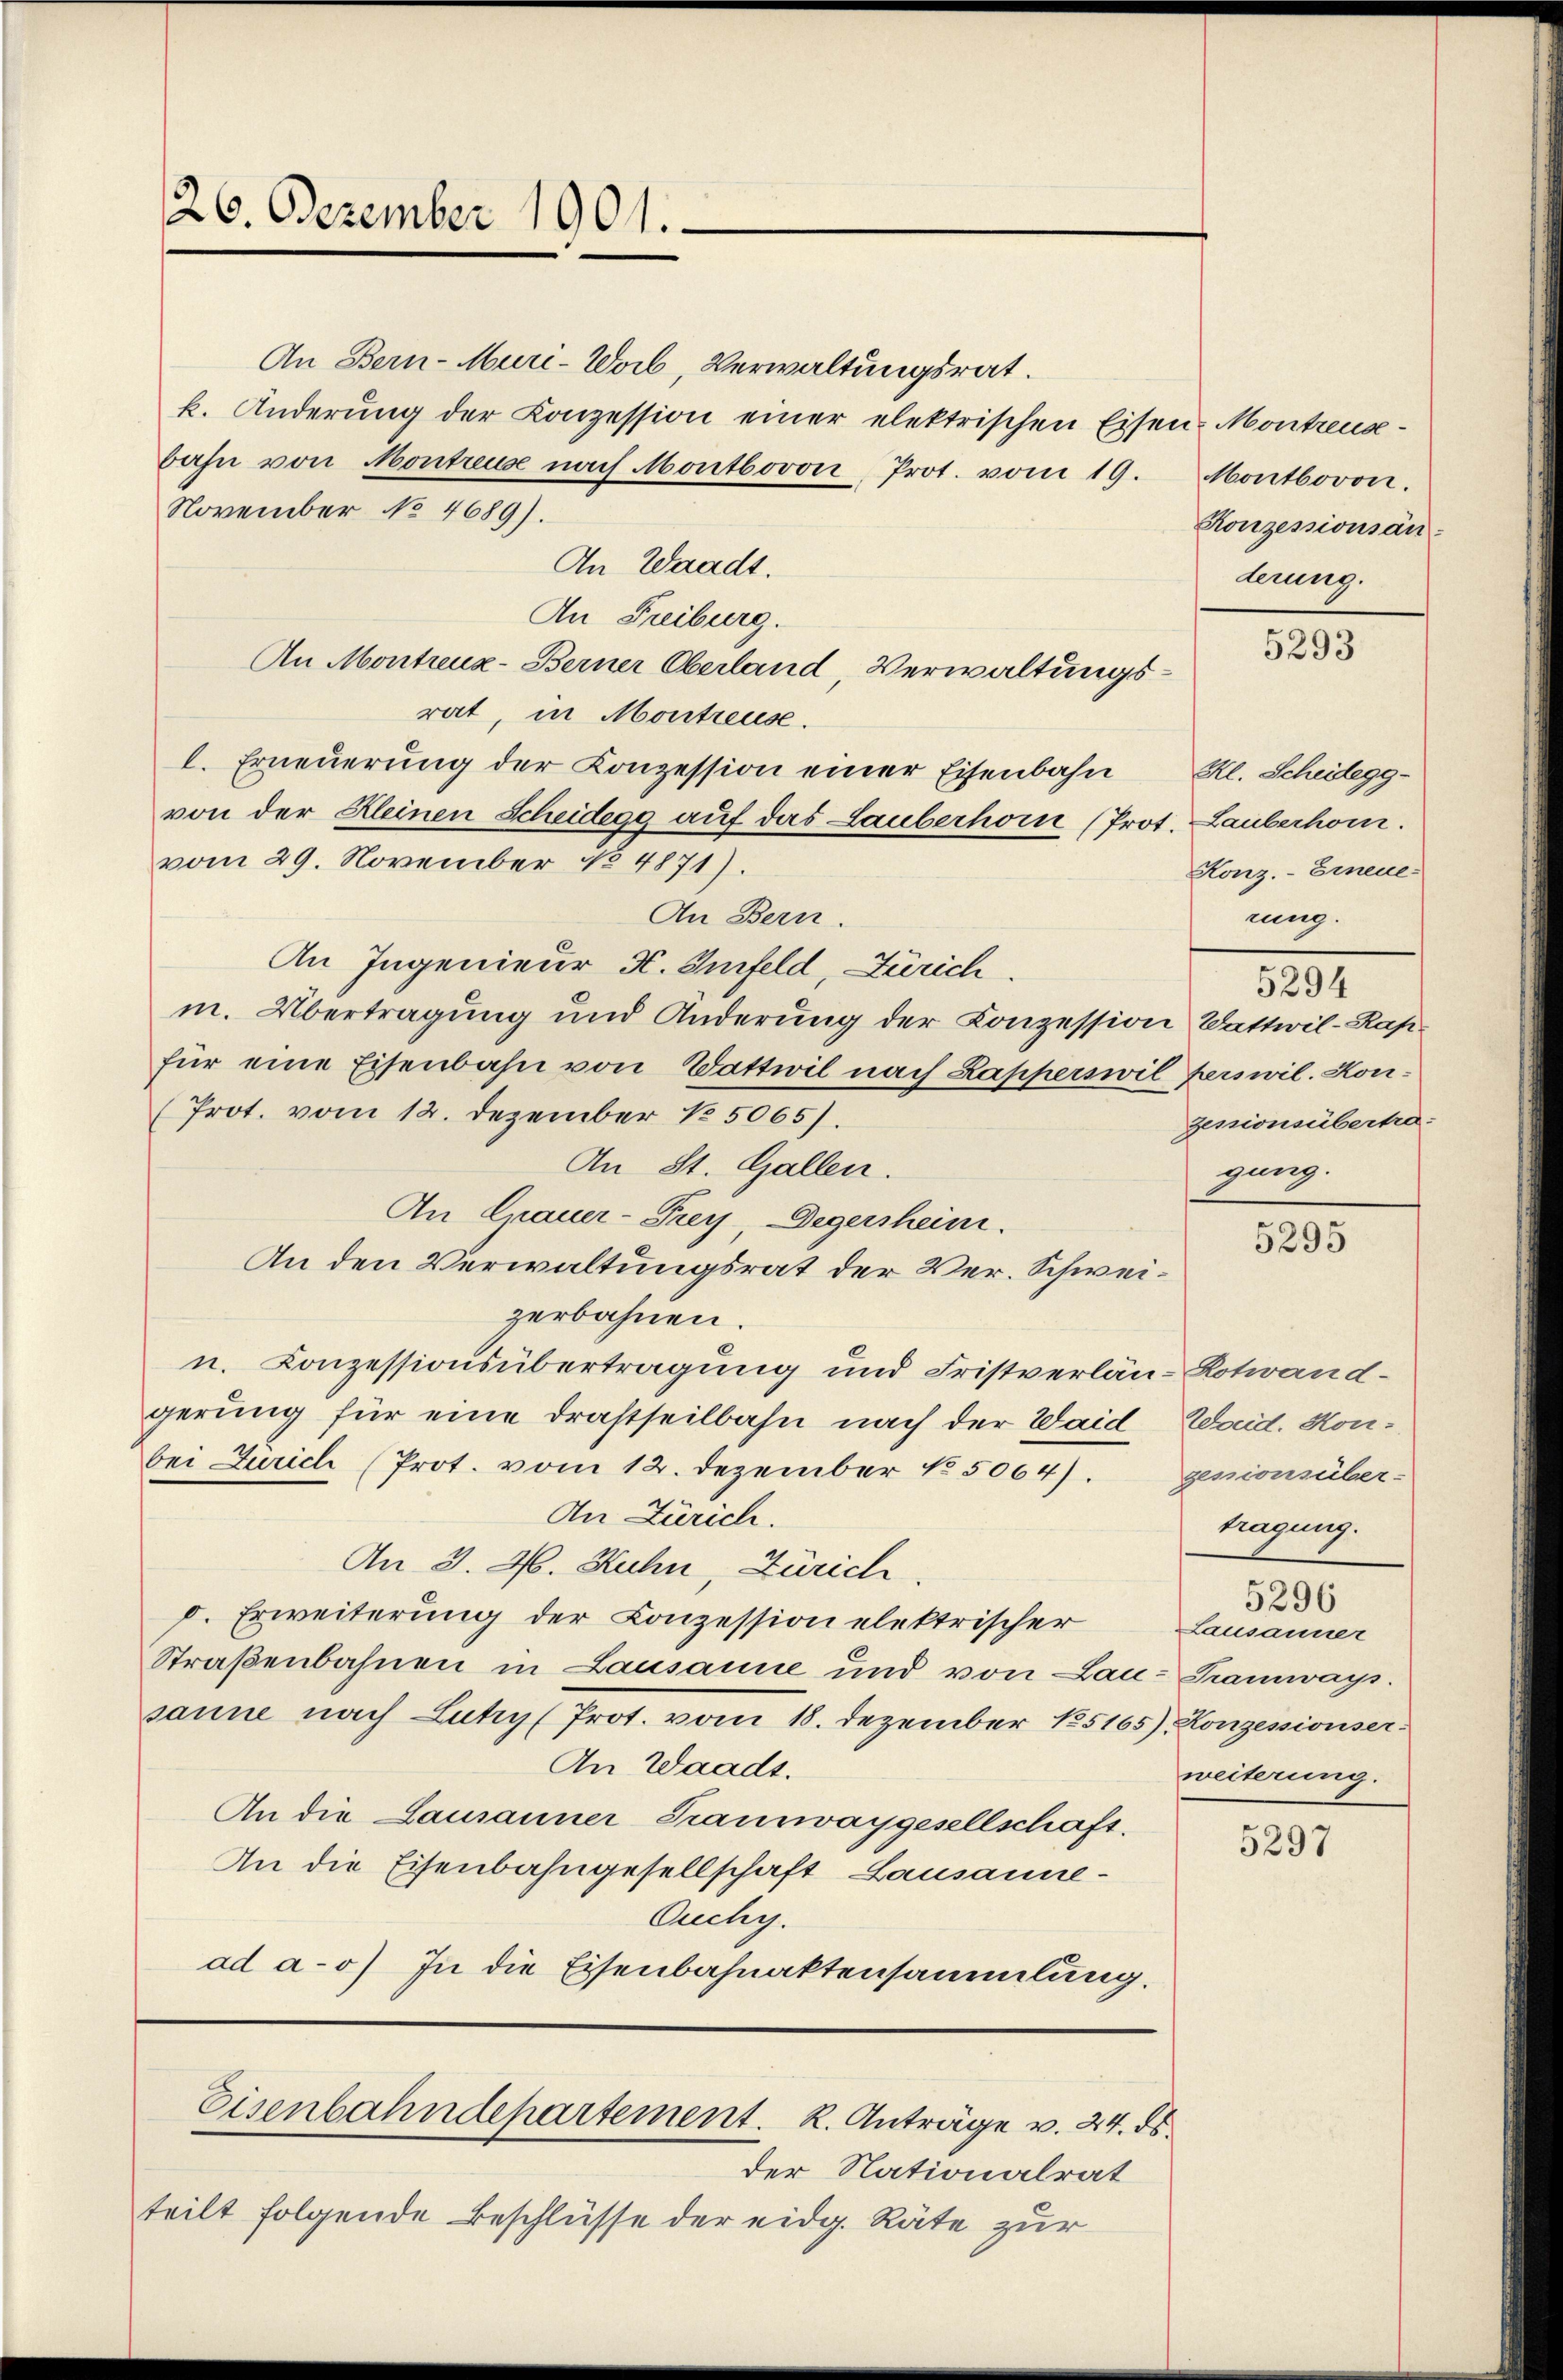
26. Dezember 1901.

An Bern-Muri-Woib, Verwaltungsrat.
k. Anderŭng der Conzession einer elektrischen Eisen Montreund¬
Bahn von Montreuse nach Montbovon Prot. vom 19. Montbovon.
November No 4689).
In Waadt.
An Freiburg.
An Montreuz-Berner Oberland, Verwaltungsrat, in Montreuse.
l. Erneuerung der Konzession einer Eisenbahn Kl. Scheilegg-
von der Kleinen Scheidegg auf das Lauberhorn (Prot. Lauberhom.
vom 29. November No 4871).
In Bern.
An Ingenieur K. Infeld, Zürich.
m. Übertragung und Änderung der Conzession Wattwil-Rapfür eine Eisenbahn von Wattwil nach Rapperswil perswil. Kon¬
(Prot. vom 12. Dezember 15065).
An St. Gallen.
An Grauer-Trey, Degershein.
An den Verwaltungsrat der Ver-Schweizerbahnen.
u. Conzessionsübertragung und Fristverlän-Hotwand-
gerung für eine Drastheilbahn nach der Waid, Waid. Honbei Zürich (Prot. vom 12. Dezember No 5064). gesionsüber-
An Zürich.
An 3. 46. Kuhn, Zürich.
d. Erweiterung der Conzession elektrischer
Straßenbahnen in Lausanne und von Lau-Tramways.
sanne nach Lutry (Prot. vom 18. Dezember 185165), Konzessionser¬
An Waadt.
An die Lausanner Traunwaygesellschaft.
An die Eisenbahngesellschaft Lausanne¬
Ouchy.
ad a.) In die Eisenbahnaktensammlung.

Eisenbahndepartement. K. Anträge v. 24. ds.

Konzessionsänderung.

der Nationalrat
teilt folgende Beschlüsse der eidg. Räte zur

5293

Konz.- Erneue
rung.

5294
genionsübertra-
gung.

5295

tragung.
5296
Lausanner
weiterung.

5297